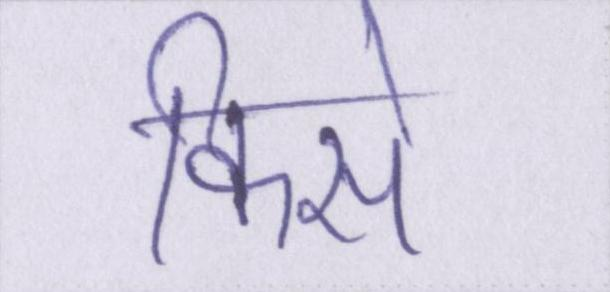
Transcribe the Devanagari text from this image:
किसे